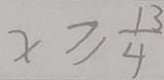
x \geq \frac { 1 3 } { 4 }